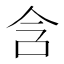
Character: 含